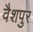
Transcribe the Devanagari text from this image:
वैशपुर